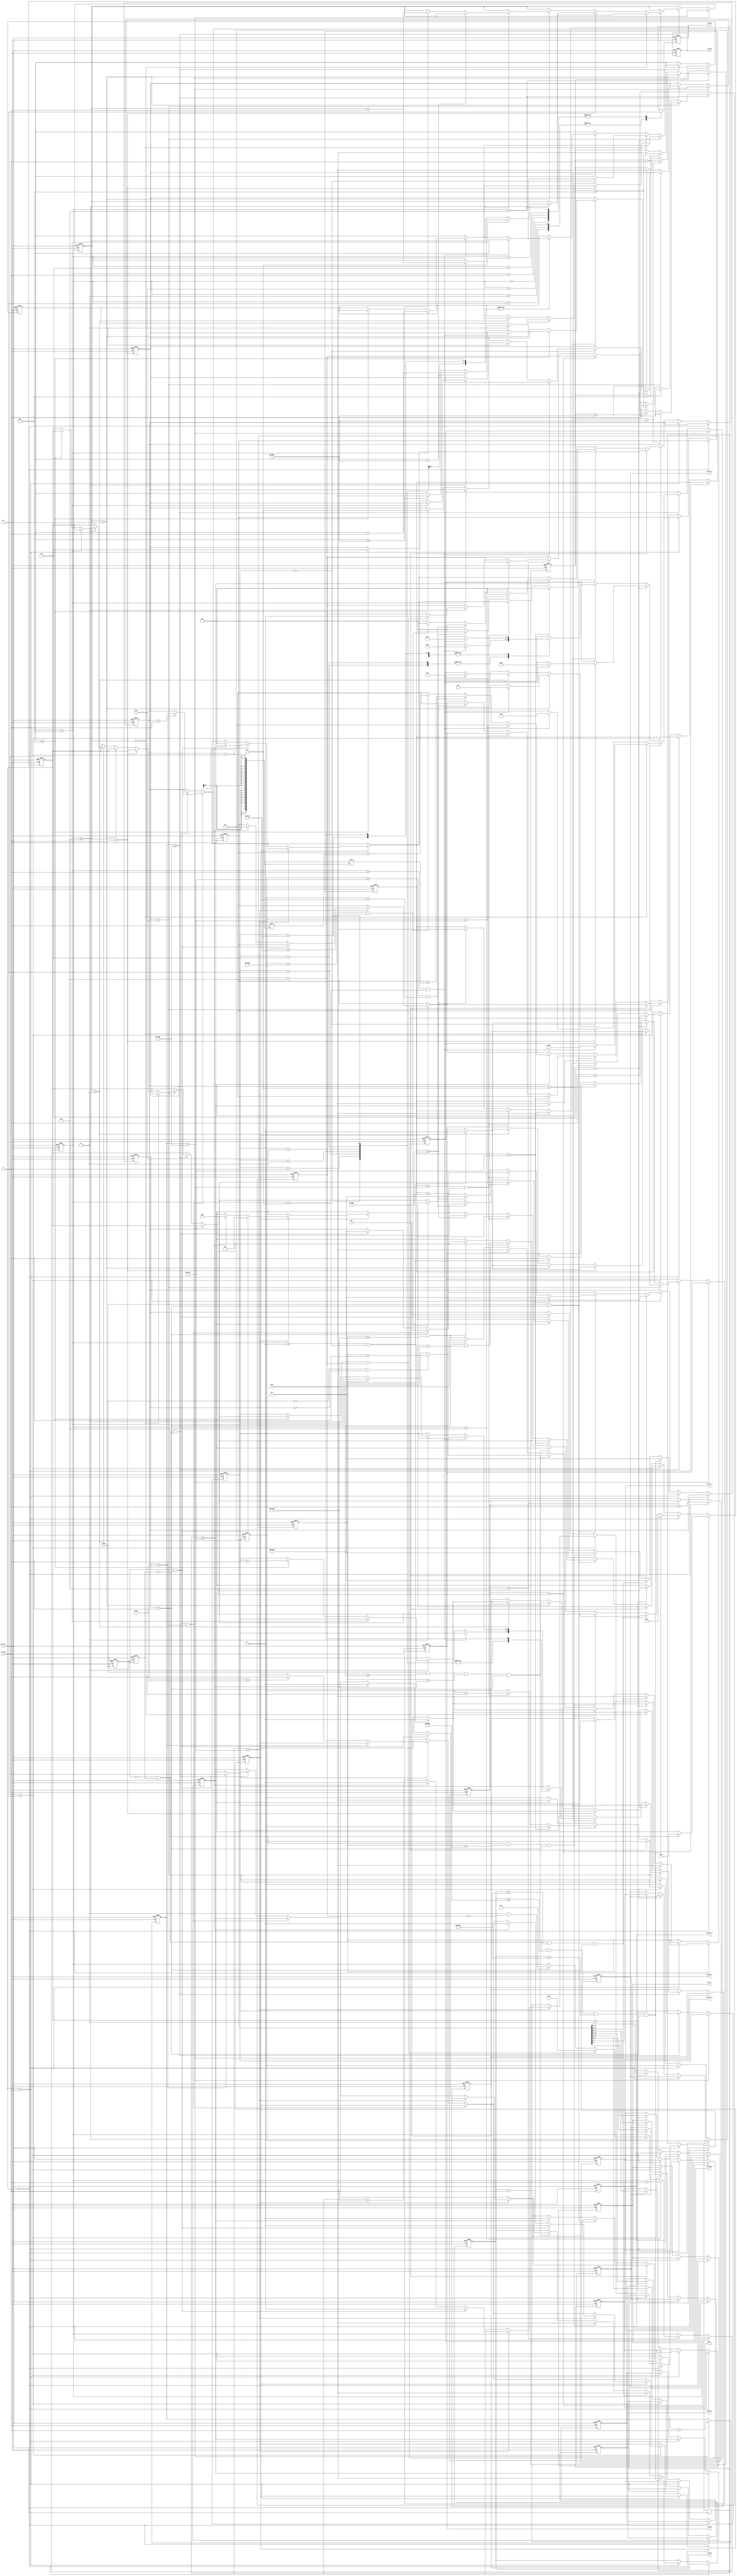
module lab_pre4(clk_50,reset_n,IRDA,client_1,client_2,client_3,client_4,key_1,key_2,inverse_1,inverse_2,lcd_EN,
        lcd_RW,lcd_ON,lcd_RS,lcd_DATA);


input clk_50,reset_n  ;

input IRDA;



output reg [3:0] client_1;
output reg [3:0] client_2;
output reg [3:0] client_3;
output reg [3:0] client_4;
output reg [3:0] key_1;
output reg [3:0] inverse_1;
output reg [3:0] key_2;
output reg [3:0] inverse_2;


output reg lcd_EN,lcd_RW,lcd_ON,lcd_RS;


output reg [7:0]lcd_DATA;


reg [2:0] state;

reg[2:0]  state_lcd=3'b0;

reg [20:0] counter_init=21'd0;  // for initial time
reg [3:0]init_set=4'd0;    // initial steps
reg  [3:0]state_counter=4'b0;
reg  [2:0]counter_ST=3'b0;   // count for state_counter 
reg [19:0]delay=20'd0;

reg   [2:0] address=3'b0; // for address index
reg   [19:0] delay_state=20'd0;
reg delay_flag;

reg IRDA_d1;

reg IRDA_d2;

assign IRDA_neg=~IRDA_d1 & IRDA_d2;
assign IRDA_pos=IRDA_d1 & ~IRDA_d2;

reg [19:0] count_leader_1;
reg [19:0] count_leader_2;

reg [19:0] count_logic_1;
reg [19:0] count_logic_2;

reg [1:0] edge_state;  // flag for edge

reg [9:0] data_cnt;

reg [31:0] full_data;

reg test_logic;
reg stop_wait;

parameter Idle_state=3'b0;
parameter Leader_Check_state=3'b001;
parameter Receive_Data_state=3'b010;
parameter Data_Check_state=3'b011;

parameter state_initial=3'b100;
parameter state_send_address=3'b101;
parameter state_send_data=3'b110;


always @(posedge clk_50 or negedge reset_n)

begin


		if(!reset_n)
		begin
		
		
			lcd_RW<=1'b0;
			lcd_ON<=1'b0;
			lcd_RS<=1'b0;
			lcd_EN<=1'b0;
			lcd_DATA<=8'b0;
			counter_ST<=3'b0;
		   state_counter<=4'b0;
			delay_state<=20'd0;
			address<=3'b0;
		   delay<=20'd0;
			counter_init<=21'd0;
			init_set<=4'd0;
			delay_flag<=1'b0;
			
			state<=Idle_state;
			state_lcd<=state_initial;
			
			edge_state<=2'b0;
			
			IRDA_d1<=1'b0;
			IRDA_d2<=1'b0;
			
			count_leader_1<=20'd0;
			count_leader_2<=20'd0;
			count_logic_1<=20'd0;
			count_logic_2<=20'd0;
			
			data_cnt<=10'b0;
			full_data<=32'b0;
			test_logic<=1'b0;
			stop_wait<=1'b0;
			
			
		client_1<=3'b0;
		client_2<=3'b0;
		client_3<=3'b0;
		client_4<=3'b0;
		key_1<=3'b0;
		inverse_1<=3'b0;
		key_2<=3'b0;
		inverse_2<=3'b0;
			
		end
		else begin
		
			IRDA_d1<= #1 IRDA;
			IRDA_d2<=#1 IRDA_d1;
		
			if(counter_ST<3'd7)
			begin
		
		
			counter_ST<=counter_ST+1'b1;
		
		
			end
			else if(counter_ST>=3'd7)   //100ns  //140ns
			begin
			
				if(state_counter<4'd7)   // i fix the number from 8
				begin
			
				state_counter<=state_counter+1'b1;
			
				end
				else if(state_counter>=4'd7)
				begin
			
			
			
			
					if(state_counter>=4'd7 && delay_flag==1'b1)
						begin
			
						state_counter<=4'd0;
						delay_flag<=1'b0;
			
						end
					else if(state_counter>=4'd7 && delay_flag==1'b0)
					begin
			
							state_counter<=4'd7;
			
					end  
				end
			
				counter_ST<=3'd0;
			end
		
			
			case(state_counter)    
				
					4'd0: begin   lcd_EN<=1'b0;              end
					4'd1: begin   lcd_EN<=1'b0;              end
					4'd2: begin   lcd_EN<=1'b1;              end
					4'd3: begin   lcd_EN<=1'b1;              end
					4'd4: begin   lcd_EN<=1'b1;              end
					4'd5: begin   lcd_EN<=1'b0;              end
					4'd6: begin   lcd_EN<=1'b0;              end
					4'd7: begin   lcd_EN<=1'b0;              end
				endcase	
					if(state_counter==4'd7)
					begin
					
					if(init_set==2)
					begin
				  
							if(delay_state<20'd80000)
							begin
						
									delay_state<=delay_state+1'd1;
					
							end
							else if(delay_state>=20'd80000)
							begin
					
									delay_state<=20'd0;
									//state_counter<=4'd0; set in the front
									delay_flag<=1'b1;
					
							end
				  
				  
					end
				  
					else 
					begin
						if(delay_state<20'd250)
							begin
					
									delay_state<=delay_state+1'd1;
						
							end
							else if(delay_state>=20'd250)
							begin
					
										delay_state<=20'd0;
								//	state_counter<=4'd0;   set in the front
									delay_flag<=1'b1;
					
							end     
				
						end   
	
					end
			
		
		  if(counter_init<21'd1000000)
				begin
			
					counter_init<=counter_init+1'd1;
				
				end
		
	      
			else if(counter_init>=21'd1000000)	
		   begin
				

				if(state_lcd==state_initial)
				begin 
					if(init_set==0)
					begin
							if(state_counter>=4'd0 && state_counter<4'd6)
							begin
									lcd_RS<=0; lcd_RW<=0; 
							end
						
						if(state_counter>=4'd1 && state_counter< 4'd6)
						begin
								lcd_DATA<=8'b00111000;  
						end
						
						if(state_counter>=4'd7)
						begin
						
								if(delay<20'd250)
								begin
								
										delay<=delay+1'd1;
								
								end
					   			
								
								else if(delay>=20'd250) begin
								
									init_set<=init_set+1'b1;
									delay<=20'd0;
								end                    
								
								
								
						end	
				   end
						
						
		
			   
					else if (init_set==1)
					begin
						if(state_counter>=4'd0 && state_counter<4'd6)
						begin
						
								lcd_RS<=1'b0; lcd_RW<=1'b0;
						end
				
						if(state_counter>=4'd1 && state_counter< 4'd6)
						begin
								lcd_DATA<=8'b00001000;  
						end
						
						if(state_counter>=4'd7)
						begin
								if(delay<20'd250)
								begin
								
										delay<=delay+1'd1;
								
								end
								
								
								else if(delay>=20'd250)
								begin
								init_set<=init_set+1'b1;
								delay<=20'd0;
								end                      
								
								
						end
			    	
					end	
				
					else if(init_set==2)
					begin
						if(state_counter>=4'd0 && state_counter<4'd6)
						begin
								lcd_RS<=0;  lcd_RW<=0; 
								
						end		
								
						if(state_counter>=4'd1 && state_counter< 4'd6)
						begin
						
								lcd_DATA<=8'b00000001;   
						
						end
						
						if(state_counter>=4'd7)
						begin
						
								if(delay<20'd80000)
								begin
								
										delay<=delay+1'd1;
								
								end
								
								
								else if(delay>=20'd80000)
								begin
								init_set<=init_set+1'b1;
								delay<=20'd0;
								end
				          
							
							 
                  end  				
 				
					end
			   
					else if (init_set==3)
					begin
						if(state_counter>=4'd0 && state_counter<4'd6)
						begin
						
						
								lcd_RS<=0;   lcd_RW<=0;
						end
						
						if(state_counter>=4'd1 && state_counter< 4'd6)
						begin	
						
								lcd_DATA<=8'b00000110; 
					   end
				
						if(state_counter>=4'd7)
						begin
						
					
								if(delay<20'd250)
								begin
								
										delay<=delay+1'd1;
								
								end
								
								
								else if(delay>=20'd250)
								begin
								state<=state_send_address;
								delay<=20'd0;
								end
						            
										
										
						end
						
					end
			 end	
				
				else  if(state_lcd==state_send_address)
				begin
				
				   case(address) 
					
					
					 3'b000:
					   begin 
								if(state_counter>=4'd1 && state_counter< 4'd6)
								begin  
								
									lcd_DATA<=8'b10000000; 
								
								
								end 
								else if(state_counter>=4'd7)
								begin   
										if(delay<20'd250)
										begin 
									
												delay<=delay+1'd1;   
												
										end
											
										else if(delay>=20'd250)
										begin    
												delay<=20'd0; 
												state_lcd<=state_send_data;      
										end  
										        
											  
								end       
								
							end
		
		
		
		
		
		/*			 3'b001:begin if(state_counter>=4'd1 && state_counter< 4'd6)begin   DB<=8'b10000001; end   else if(state_counter>=4'd7)begin    address<=address+1'b1;   end        end
					 3'b010:begin if(state_counter>=4'd1 && state_counter< 4'd6)begin   DB<=8'b10000010; end  else if(state_counter>=4'd7)begin    address<=address+1'b1;   end        end  
					 3'b011:begin if(state_counter>=4'd1 && state_counter< 4'd6)begin   DB<=8'b10000011; end  else if(state_counter>=4'd7)begin    address<=address+1'b1;   end        end
					 3'b100:begin if(state_counter>=4'd1 && state_counter< 4'd6)begin   DB<=8'b10000100; end  else if(state_counter>=4'd7)begin    address<=address+1'b1;   end        end
					 3'b101:begin if(state_counter>=4'd1 && state_counter< 4'd6)begin   DB<=8'b10000101; end  else if(state_counter>=4'd7)begin    address<=address+1'b1;   end        end
					 3'b110:begin if(state_counter>=4'd1 && state_counter< 4'd6)begin   DB<=8'b10000110; end  else if(state_counter>=4'd7)begin    address<=address+1'b1;   end        end
					 3'b111:begin if(state_counter>=4'd1 && state_counter< 4'd6)begin   DB<=8'b10000111; end  else if(state_counter>=4'd7)begin    address<=3'b0;  state<=state_send_data;  end        end
				   */
				
				 
				 endcase
				 
					if(state_counter>=4'd0 && state_counter<4'd6)
					begin
						lcd_RS<=0;
						lcd_RW<=0;
					end
				
				   

				
				end

				else  if(state_lcd==state_send_data)
				begin
				
					if(state_counter>=4'd0 && state_counter<4'd6)
					begin
							lcd_RS<=1'b1;
							lcd_RW<=1'b0;
					end
				
					 case(address) 
					
					
					 3'b000:begin if(state_counter>=4'd1 && state_counter< 4'd6)begin lcd_DATA<=8'b00110000;  end   else if(state_counter>=4'd7)begin 		if(delay<20'd250)begin  delay<=delay+1'd1;   end else if(delay>=20'd250)begin    delay<=20'd0;  address<=address+1'b1;        end    end  end
					 3'b001:begin if(state_counter>=4'd1 && state_counter< 4'd6)begin lcd_DATA<=8'b00110000;   end   else if(state_counter>=4'd7)begin  		if(delay<20'd250)begin  delay<=delay+1'd1;   end else if(delay>=20'd250)begin    delay<=20'd0;   address<=address+1'b1;        end   end  end
					 3'b010:begin if(state_counter>=4'd1 && state_counter< 4'd6)begin lcd_DATA<=8'b00111010;       end   else if(state_counter>=4'd7)begin 		if(delay<20'd250)begin  delay<=delay+1'd1;   end else if(delay>=20'd250)begin    delay<=20'd0;   address<=address+1'b1;        end   end  end 
					 3'b011:begin if(state_counter>=4'd1 && state_counter< 4'd6)begin lcd_DATA<=8'b00110000;  end   else if(state_counter>=4'd7)begin  	   if(delay<20'd250)begin  delay<=delay+1'd1;   end else if(delay>=20'd250)begin    delay<=20'd0;   address<=address+1'b1;        end   end  end
					 3'b100:begin if(state_counter>=4'd1 && state_counter< 4'd6)begin lcd_DATA<=8'b00110000;   end   else if(state_counter>=4'd7)begin  		if(delay<20'd250)begin  delay<=delay+1'd1;   end else if(delay>=20'd250)begin    delay<=20'd0;   address<=address+1'b1;        end   end  end
					 3'b101:begin if(state_counter>=4'd1 && state_counter< 4'd6)begin lcd_DATA<=8'b00111010;       end   else if(state_counter>=4'd7)begin  		if(delay<20'd250)begin  delay<=delay+1'd1;   end else if(delay>=20'd250)begin    delay<=20'd0;  address<=address+1'b1;        end    end  end
					 3'b110:begin if(state_counter>=4'd1 && state_counter< 4'd6)begin lcd_DATA<=8'b00110000;  end   else if(state_counter>=4'd7)begin   		if(delay<20'd250)begin  delay<=delay+1'd1;   end else if(delay>=20'd250)begin    delay<=20'd0;   address<=address+1'b1;        end    end   end
					 3'b111:begin if(state_counter>=4'd1 && state_counter< 4'd6)begin lcd_DATA<=8'b00110000;   end   else if(state_counter>=4'd7)begin  		if(delay<20'd250)begin  delay<=delay+1'd1;   end else if(delay>=20'd250)begin    delay<=20'd0;  state_lcd<=state_send_address;    address<=3'b0;      end     end   end
				
				
				    endcase
				
				
				
				
				
				end
				
			end	

				
				
				
		
		
		
		
		
		
		
		
		
		
		
		
		
		
		
		
		
		
		
		
		
		
		
		
		
		
		
		
		
		
		
		
		
		
		
		
		
		
		
		
		
		
		
		
		
		
		
		
		
		
		
		
		
		
		
		if(state==Idle_state)
		begin
		
		
			if(IRDA_neg==1)
			begin
			
			
			
				state<=Leader_Check_state;
			
			
			
			end
		end
		
		else if(state==Leader_Check_state)
			begin
			
				
				if(IRDA==0 && edge_state==1'b0)
				begin
				
					count_leader_1<=count_leader_1+1'd1;
				
				end
				
				if(IRDA_pos==1'b1)
				begin
				
				
					edge_state<=2'b1;
				
				
				end
				
				
				
				if(IRDA==1 && count_leader_1 >=400000 && count_leader_1 <500000 && edge_state==2'b1)
				begin
				
				
					count_leader_2<=count_leader_2+1'd1;
					
				   

				
				end
				else if(edge_state==2'b1 && count_leader_1 < 400000 )
				begin
				
				
					count_leader_1<=20'd0;
					state<=Idle_state;
				   

				end
				else if(edge_state==2'b1 && count_leader_1 >= 500000 )
				begin
				
				
					count_leader_1<=20'd0;
					state<=Idle_state;
				   
				end
				
				
				if(IRDA_neg==1 &&  count_leader_2 >=200000 && count_leader_2< 300000 && edge_state==2'b1)
				begin
				
				
					count_leader_2<=20'd0;
					count_leader_1<=20'd0;
					state<=Receive_Data_state;
					edge_state<=2'b0;
				
				
				end
				else if(IRDA_neg==1 && count_leader_2 >=300000 && edge_state==2'b1)
				begin
				
					count_leader_2<=20'd0;
					count_leader_1<=20'd0;
					state<=Idle_state;
					edge_state<=2'b0;
				
				end
				else if(IRDA_neg==1 && count_leader_1<200000 && edge_state==2'b1)
				begin
				
				
					count_leader_2<=20'd0;
					count_leader_1<=20'd0;
					state<=Idle_state;
					edge_state<=2'b0;
				
				end
				
			
			end
		
			else if(state==Receive_Data_state)
			begin
		
					
					
					if(IRDA_pos==1 && data_cnt<6'b100000)
					begin
					
						edge_state<=2'b1;
					
					end
					
					else if(IRDA_neg==1 && edge_state==2'b1)  //edge 3
					begin
					
						edge_state<=2'b0;
						   
						
						if(data_cnt<6'b100000)
						begin
								data_cnt<=data_cnt+1'b1;
								test_logic<=1'b1;   // flag for  logic write to reg
						
						end
						
						else if(data_cnt>=6'b100000)
						begin
								
								
								
								stop_wait<=1'b1;
								


						end
						
					
					end
					
					
					if(stop_wait==1'b1)
					begin
					
					
							if(wait_time<20'd20000)
								begin
								
									wait_time<=wait_time+1'b1;
									
								   if(IRDA_pos==1)
									begin
									
												data_cnt<=0;
												test_logic<=1'b0;
												state<=Data_Check_state;
												wait_time<=20'd0;
												stop_wait<=1'b0;
									
									end
								else if(wait_time>=20'd20000)
								begin
								
												data_cnt<=0;
												test_logic<=1'b0;
												state<=Idle_state;
												wait_time<=20'd0;
												full_data<=32'b0;
												stop_wait<=1'b0;
								
								end
								
								
								
								end
					
					
					
					
					
					end
					
					
					
					
					
					
					if(IRDA==0 && edge_state==2'b0) // time locate 1
					begin
					

						
							count_logic_1<=count_logic_1+1'b1;
							

					end
					
					else if(IRDA==1 && edge_state==2'b1) // count 2 time and confirm 1 time
					
					begin
					
							if(count_logic_1<20000)
							begin
							
								count_logic_1<=20'd0;
								edge_state<=2'b0;
								state<=Idle_state;
								data_cnt<=0;
								full_data<=32'b0;
							
							end
							else if(count_logic_1>20000 && count_logic_1<30000)
							begin
							
								
								count_logic_2<=count_logic_2+1'd1;
								
							
							
							end
							else if(count_logic_1>=30000)
							begin
							
								count_logic_1<=20'd0;
								edge_state<=2'b0;
								state<=Idle_state;
								data_cnt<=0;
								full_data<=32'b0;
							
							end
							
					
					end
					else if(test_logic==1'b1)  // time locate 3
					begin
							
							count_logic_1<=20'd0;
							test_logic<=1'b0;
							
							if(count_logic_2<20000)
							begin
							

								state<=Idle_state;
								count_logic_2<=20'd0;
								data_cnt<=0;
								full_data<=32'b0;
								
							
							
							end
							else if(count_logic_2>=20000 && count_logic_2<40000)
							begin
									
							
									full_data<=full_data+( 0 <<(data_cnt-1) );
									
									count_logic_2<=20'd0;

							
							end
							else if(count_logic_2>=40000 && count_logic_2<90000)
							begin
							
							
									full_data<=full_data+( 1 <<(data_cnt-1) );

									count_logic_2<=20'd0;

							
							
							end
							
							else  //  error >90000
							begin
							

								state<=Idle_state;
								count_logic_2<=20'd0;
								data_cnt<=0;	
								full_data<=32'b0;
							
							
							end
					

					end
		

		
		
			end
		
		
		
		else if(state==Data_Check_state)
		begin
		
		
				client_1<=full_data[3:0];
				client_2<=full_data[7:4];
				client_3<=full_data[11:8];
				client_4<=full_data[15:12];
				key_1<=full_data[19:16];
				key_2<=full_data[23:20];
				inverse_1<=full_data[27:24];
				inverse_2<=full_data[31:28];
		
		
				state<=Idle_state;
		
		
		end
		
		
		
		
		
		
		
		
	end
		
		
		
		
		

	






	
	
	
	
	
	
	
	
	
	
	
	
	end
		


endmodule